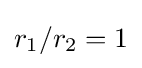
r_{1}/r_{2}=1